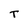
Character: T